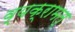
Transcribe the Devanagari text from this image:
व्यक्रामत्